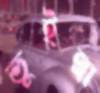
ভুইল্লা